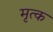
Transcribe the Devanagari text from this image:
मृत्क